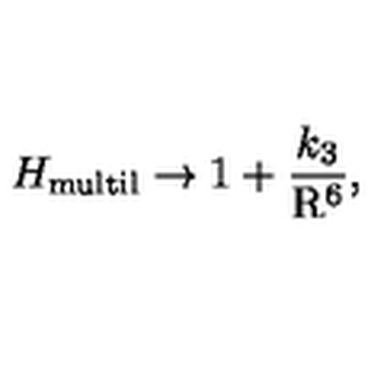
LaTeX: H _ { \mathrm { m u l t i l } } \rightarrow 1 + \frac { k _ { 3 } } { \mathrm { R } ^ { 6 } } ,